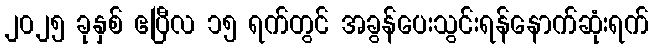
၂၀၂၅ ခုနှစ် ဧပြီလ ၁၅ ရက်တွင် အခွန်ပေးသွင်းရန်နောက်ဆုံးရက်